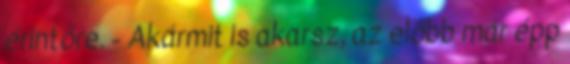
érintőre. - Akármit is akarsz, az előbb már épp